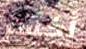
أخسر